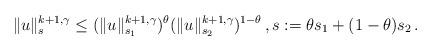
LaTeX: \begin{align*}\| u \|_s^{k+1, \gamma} \leq (\| u \|_{s_1}^{k+1, \gamma})^\theta (\| u \|_{s_2}^{k+1, \gamma})^{1 - \theta}\,, s:=\theta s_1 + (1-\theta) s_2\,. \end{align*}